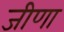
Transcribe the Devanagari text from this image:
जीणा